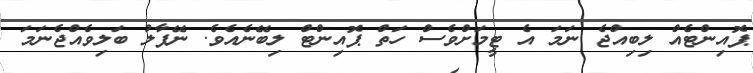
ޕޮއިންޓެއް ލިބިއްޖެ ނަމަ އެ ޓީމަށްވެސް ހަތް ޕޮއިންޓް ލިބޭނެއެވެ. ނޭޕާލު ބަލިވެއްޖެނަމަ